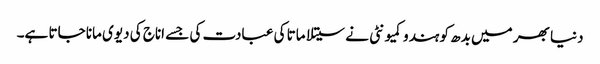
دنیا بھر میں بدھ کو ہندو کمیونٹی نے سیتلا ماتا کی عبادت کی جسے اناج کی دیوی مانا جاتا ہے۔